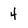
Character: 4